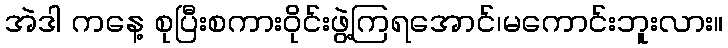
အဲဒါ ကနေ့ စုပြီးစကားဝိုင်းဖွဲ့ကြရအောင်၊မကောင်းဘူးလား။